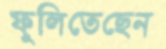
ফুলিতেছেন